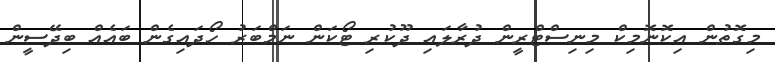
މިގޮތުން އިކޮނޮމިކް މިނިސްޓްރީން ދުރާލައި ދޫކުރި ޓޯކަން ނަމްބަރު ހޯދައިގެން ބައެއް ބިދޭސީން